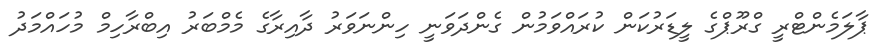
ޕާލަމެންޓްރީ ގްރޫޕްގެ ލީޑަރުކަން ކުރައްވަމުން ގެންދަވަނީ ހިންނަވަރު ދާއިރާގެ މެމްބަރު އިބްރާހިމް މުހައްމަދު